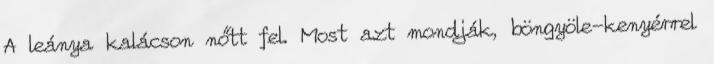
A leánya kalácson nőtt fel. Most azt mondják, böngyöle-kenyérrel